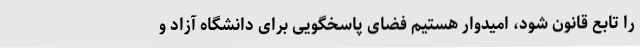
را تابع قانون شود، امیدوار هستیم فضای پاسخگویی برای دانشگاه آزاد و